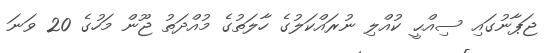
ޖަޕާނުގައި ސިއްޙީ ކުއްލި ނުރައްކަލުގެ ހާލަތުގެ މުއްދަތު ޖޫން މަހުގެ 20 ވަނަ